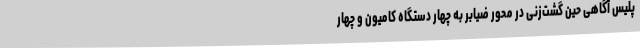
پلیس آگاهی حین گشت‌زنی در محور ضیابر به چهار دستگاه کامیون و چهار